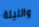
والليلة